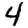
Digit: 4